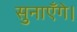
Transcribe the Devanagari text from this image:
सुनाएँगे।